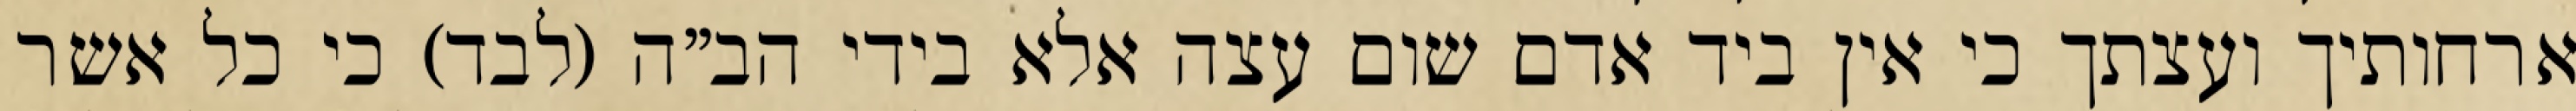
ארחותיך ועצתך כי אין ביד אדם שום עצה אלא בידי הב”ה (לבד) כי כל אשר